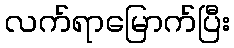
လက်ရာမြောက်ပြီး